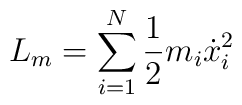
L_m =\sum\limits_{i=1}^{N}\frac{1}{2}m_i \dot{x}^{2}_{i}